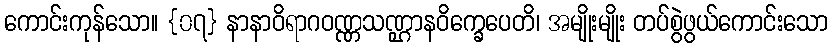
ကောင်းကုန်သော။ {၀၇} နာနာဝိရာဂဝဏ္ဏသဏ္ဌာနဝိက္ခေပေတိ၊ အမျိုးမျိုး တပ်စွဲဖွယ်ကောင်းသော